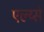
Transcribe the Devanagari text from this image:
एल्य्से